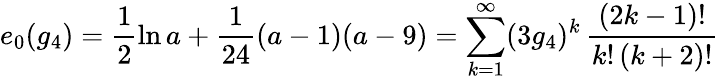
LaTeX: e_{0}(g_{4})=\frac{1}{2}\ln a+\frac{1}{24}(a-1)(a-9)=\sum_{k=1}^{\infty}(3g_{4})^{k}\, \frac{(2k-1)!}{k!\, (k+2)!}